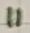
Text: 11